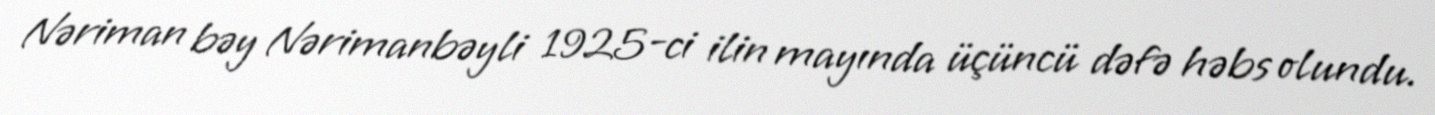
Nəriman bəy Nərimanbəyli 1925-ci ilin mayında üçüncü dəfə həbs olundu.